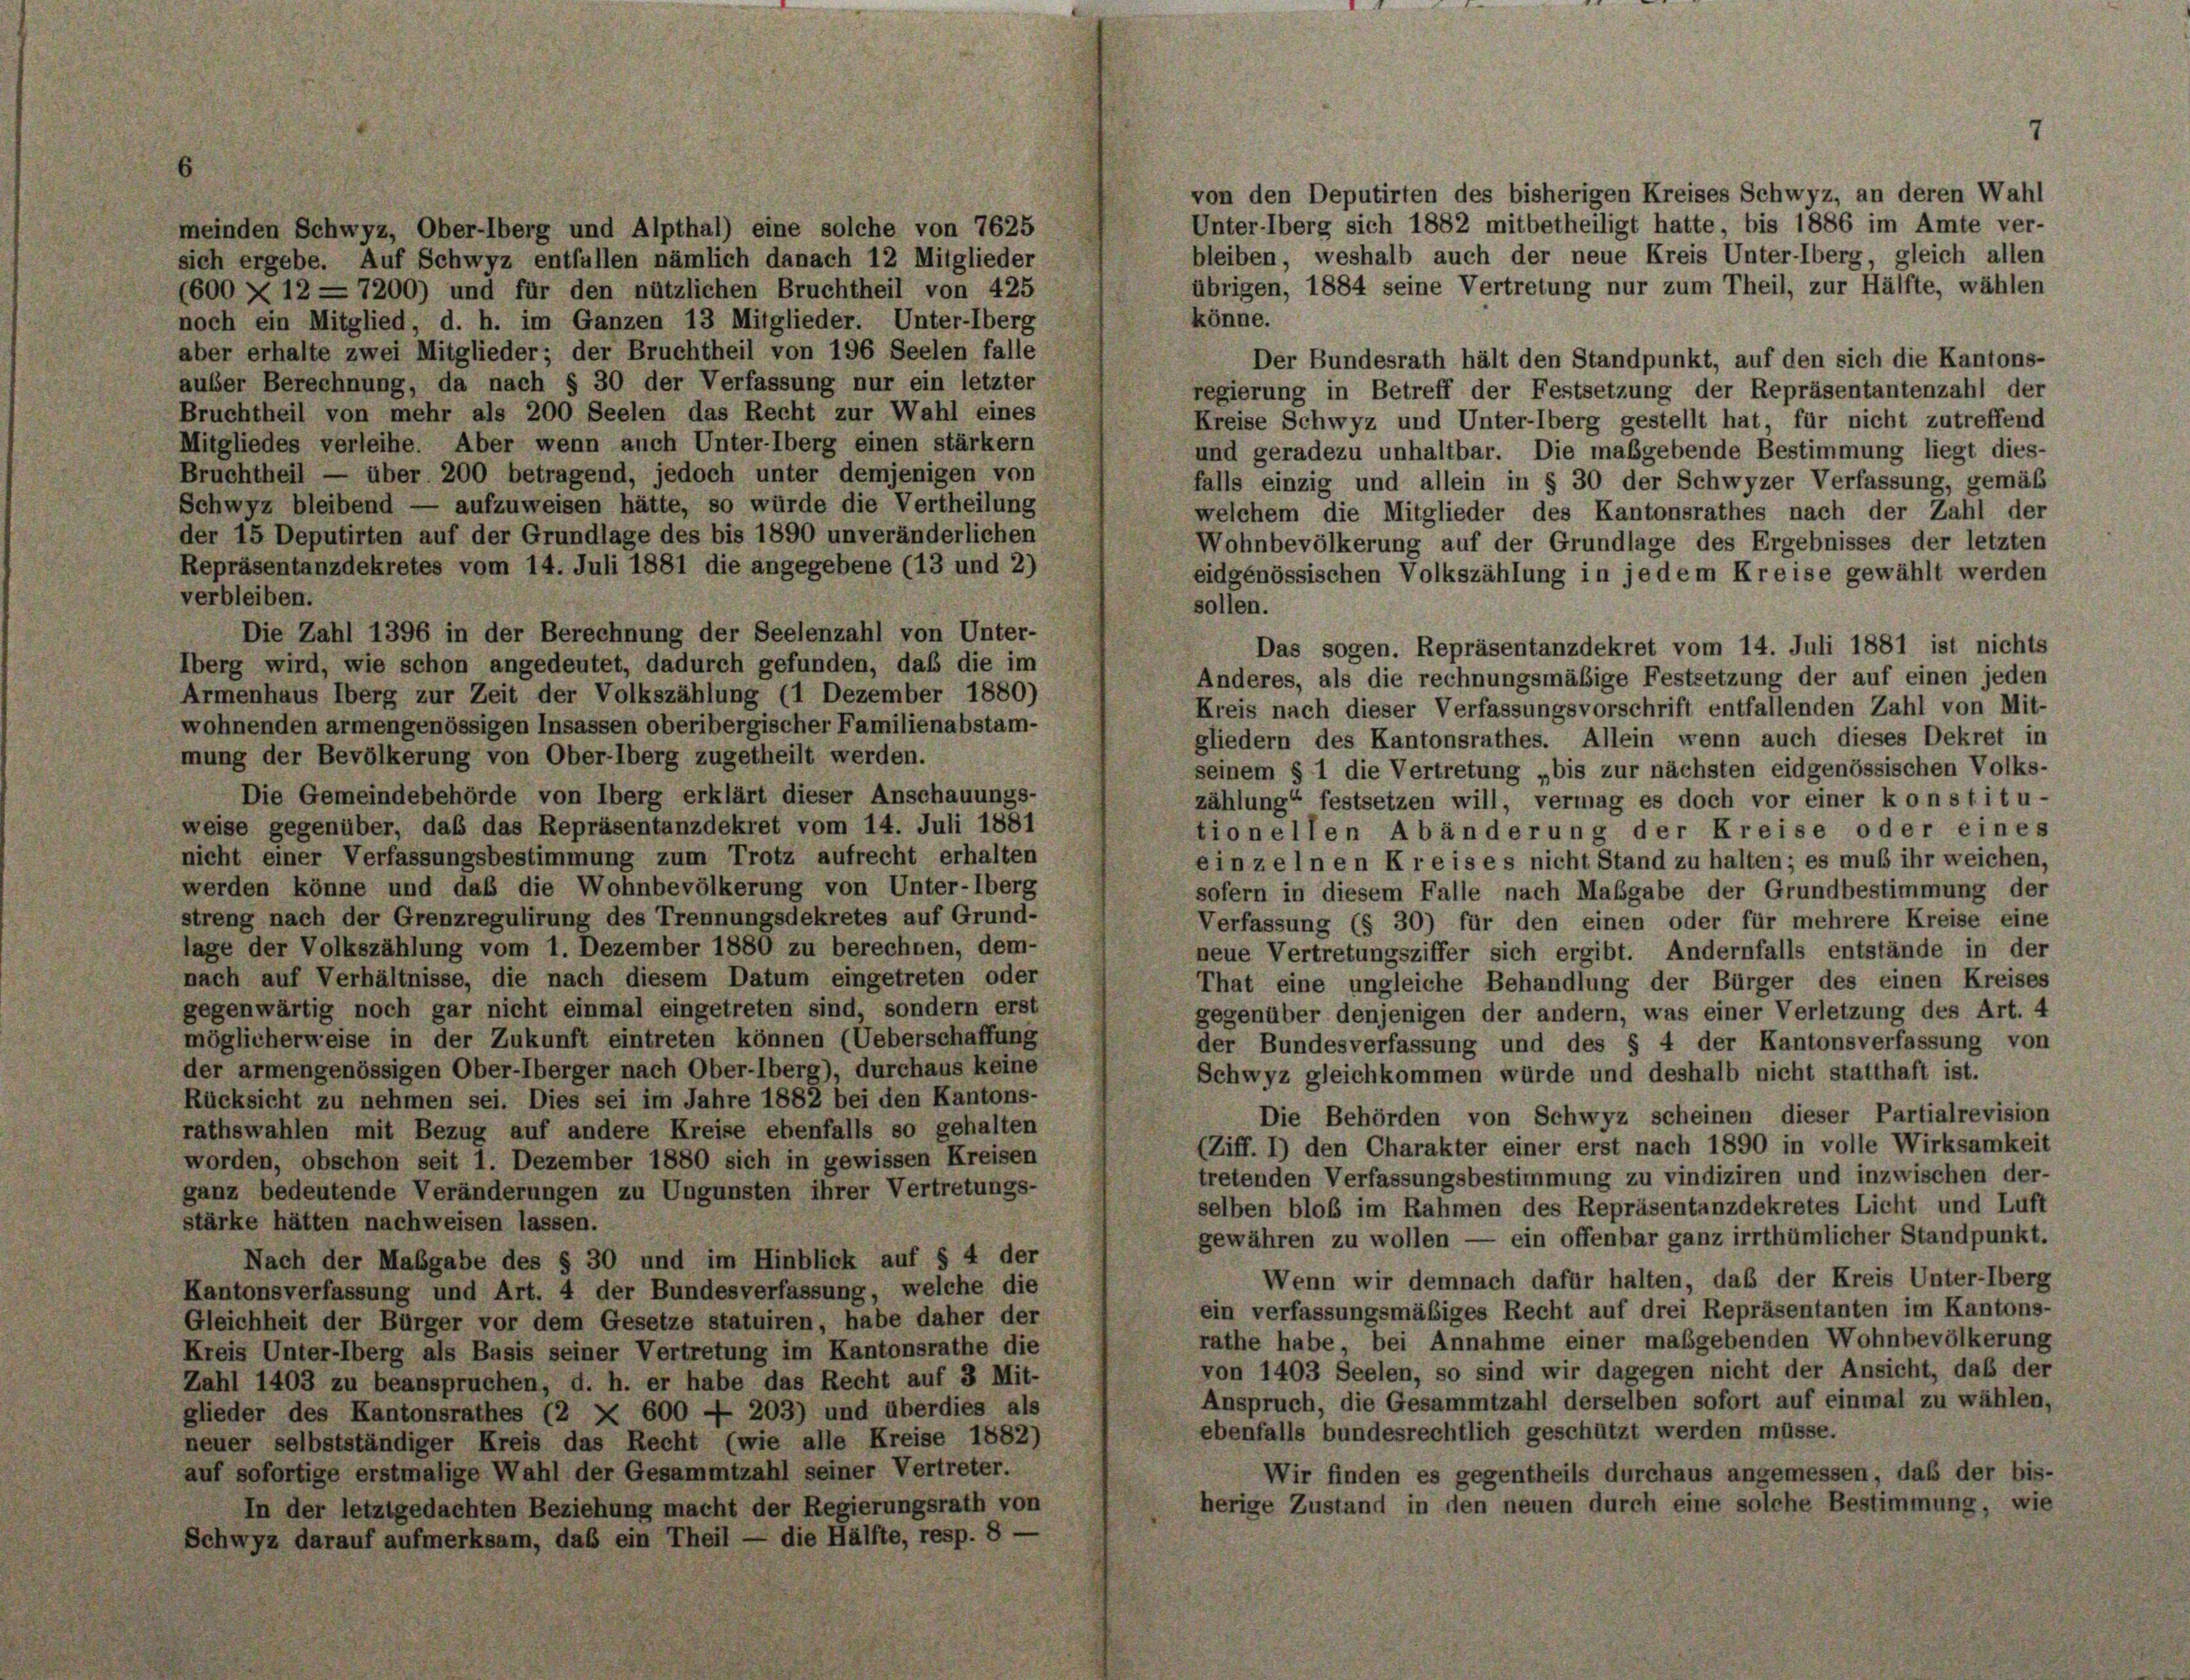
von den Deputirten des bisherigen Kreises Schwyz, an deren Wahl
Unter-lberg sich 1882 mitbetheiligt hatte, bis 1886 im Amte ver-
meinden Schwyz, Ober-lberg und Alpthal) eine solche von 7625
bleiben, weshalb auch der neue Kreis Unter-lberg, gleich allen
sich ergebe. Auf Schwyz entfallen nämlich danach 12 Mitglieder
übrigen, 1884 seine Vertretung nur zum Theil, zur Hälfte, wählen
(600 X 12 - 7200) und für den nützlichen Bruchtheil von 425
könne.
noch ein Mitglied, d. h. im Ganzen 13 Mitglieder. Unter-Oberg
aber erhalte zwei Mitglieder; der Bruchtheil von 196 Seelen falle
Der Bundesrath hält den Standpunkt, auf den sich die Kantons-
auber Berechnung, da nach § 30 der Verfassung nur ein letzter
regierung in Betreff der Festsetzung der Repräsentantenzahl der
Bruchtheil von mehr als 200 Seelen das Recht zur Wahl eines
Kreise Schwyz und Unter-lberg gestellt hat, für nicht zutreffend
Mitgliedes verleihe. Aber wenn auch Unter-lberg einen stärkern
und geradezu unhaltbar. Die maßgebende Bestimmung liegt dies-
Bruchtheil — über 200 betragend, jedoch unter demjenigen von
falls einzig und allein in § 30 der Schwyzer Verfassung, gemäß
Schwyz bleibend — aufzuweisen hätte, so würde die Vertheilung
welchem die Mitglieder des Kantonsrathes nach der Zahl der
der 15 Deputirten auf der Grundlage des bis 1890 unveränderlichen
Wohnbevölkerung auf der Grundlage des Ergebnisses der letzten
Repräsentanzdekretes vom 14. Juli 1881 die angegebene (13 und 2)
eidgenössischen Volkszählung in jedem Kreise gewählt werden
verbleiben.
sollen.
Die Zahl 1396 in der Berechnung der Seelenzahl von Unter-
Das sogen. Repräsentanzdekret vom 14. Juli 1881 ist nichts
Überg wird, wie schon angedeutet, dadurch gefunden, daß die im
Anderes, als die rechnungsmäßige Festsetzung der auf einen jeden
Armenhaus Oberg zur Zeit der Volkszählung (1 Dezember 1880)
Kreis nach dieser Verfassungsvorschrift entfallenden Zahl von Mit-
wohnenden armengenössigen Insassen oberibergischer Familienabstam-
gliedern des Kantonsrathes. Allein wenn auch dieses Dekret in
mung der Bevölkerung von Ober-lberg zugetheilt werden.
seinem § 1 die Vertretung „bis zur nächsten eidgenössischen Volks-
Die Gemeindebehörde von Oberg erklärt dieser Anschauungs-
zählung“ festsetzen will, vermag es doch vor einer konstitu-
weise gegenüber, daß das Repräsentanzdekret vom 14. Juli 1881
tionellen Abänderung der Kreise oder eines
nicht einer Verfassungsbestimmung zum Trotz aufrecht erhalten
einzelnen Kreis es nicht Stand zu halten; es muß ihr weichen,
werden könne und daß die Wohnbevölkerung von Unter-lberg
sofern in diesem Falle nach Maßgabe der Grundbestimmung der
streng nach der Grenzregulirung des Trennungsdekretes auf Grund-
Verfassung (§ 30) für den einen oder für mehrere Kreise eine
lage der Volkszählung vom 1. Dezember 1880 zu berechnen, dem-
neue Vertretungsziffer sich ergibt. Andernfalls entstände in der
nach auf Verhältnisse, die nach diesem Datum eingetreten oder
That eine ungleiche Behandlung der Bürger des einen Kreises
gegenwärtig noch gar nicht einmal eingetreten sind, sondern erst
gegenüber denjenigen der andern, was einer Verletzung des Art. 4
möglicherweise in der Zukunft eintreten können (Ueberschaffung
der Bundesverfassung und des § 4 der Kantonsverfassung von
der armengenössigen Ober-lberger nach Ober-lberg), durchaus keine
Schwyz gleichkommen würde und deshalb nicht statthaft ist.
Rücksicht zu nehmen sei. Dies sei im Jahre 1882 bei den Kantons-
Die Behörden von Schwyz scheinen dieser Partialrevision
rathswahlen mit Bezug auf andere Kreise ebenfalls so gehalten
(Ziff. 1) den Charakter einer erst nach 1890 in volle Wirksamkeit
worden, obschon seit 1. Dezember 1880 sich in gewissen Kreisen
tretenden Verfassungsbestimmung zu vindiziren und inzwischen der-
ganz bedeutende Veränderungen zu Ungunsten ihrer Vertretungs-
selben bloß im Rahmen des Repräsentanzdekretes Licht und Luft
stärke hätten nachweisen lassen.
gewähren zu wollen — ein offenbar ganz irrthümlicher Standpunkt.
Nach der Mabgabe des § 30 und im Hinblick auf § 4 der
Wenn wir demnach dafür halten, daß der Kreis Unter-Oberg
Kantonsverfassung und Art. 4 der Bundesverfassung, welche die
ein verfassungsmäßiges Recht auf drei Repräsentanten im Kantons-
Gleichheit der Bürger vor dem Gesetze statuiren, habe daher der
rathe habe bei Annahme einer maßgebenden Wohnbevölkerung
Kreis Unter-lberg als Basis seiner Vertretung im Kantonsrathe die
von 1403 Seelen, so sind wir dagegen nicht der Ansicht, daß der
Zahl 1403 zu beanspruchen, d. h. er habe das Recht auf 3 Mit-
Anspruch, die Gesammtzahl derselben sofort auf einmal zu wählen,
glieder des Kantonsrathes (2 X 600 — 203) und überdies als
ebenfalls bundesrechtlich geschützt werden müsse.
neuer selbstständiger Kreis das Recht (wie alle Kreise 1882)
auf sofortige erstmalige Wahl der Gesammtzahl seiner Vertreter.
Wir finden es gegentheils durchaus angemessen, daß der bis-
herige Zustand in den neuen durch eine solche Bestimmung, wie
In der letztgedachten Beziehung macht der Regierungsrath von
uf aufmerksam, daß ein Theil — die Hälfte, resp. 8 —
Schwyz dar